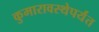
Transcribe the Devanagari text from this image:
कुमारावस्थेपर्यंत